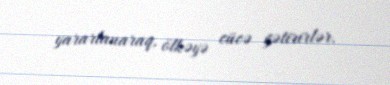
yararlanaraq, ölkəyə cücə gətirirlər.